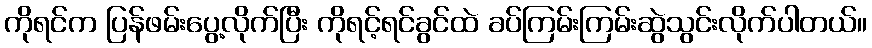
ကိုရင်က ပြန်ဖမ်းပွေ့လိုက်ပြီး ကိုရင့်ရင်ခွင်ထဲ ခပ်ကြမ်းကြမ်းဆွဲသွင်းလိုက်ပါတယ်။